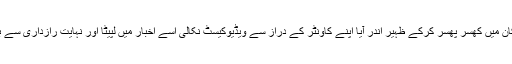
باہر دو تین منٹ بٹ صاب کے کان میں کھسر پھسر کرکے ظہیر اندر آیا اپنے کاونٹر کے دراز سے ویڈیوکیسٹ نکالی اسے اخبار میں لپیٹا اور نہایت رازداری سے بٹ صاب کو باہر جاکے تھمادی۔